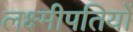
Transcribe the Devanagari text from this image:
लक्ष्मीपतियों